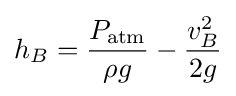
h_{B}={P_{\mathrm {atm} } \over \rho g}-{v_{B}^{2} \over 2g}